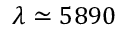
\lambda \simeq 5 8 9 0